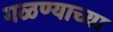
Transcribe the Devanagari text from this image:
गळण्याच्या